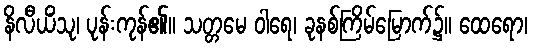
နိလီယိံသု၊ ပုန်းကုန်၏။ သတ္တမေ ဝါရေ၊ ခုနစ်ကြိမ်မြောက်၌။ ထေရော၊